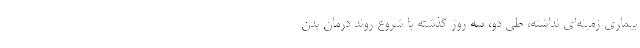
بیماری زمینه‌ای نداشته، طی دو، سه روز گذشته با شروع روند درمان بدن